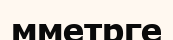
мметрге